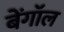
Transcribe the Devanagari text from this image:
बेंगाॅल